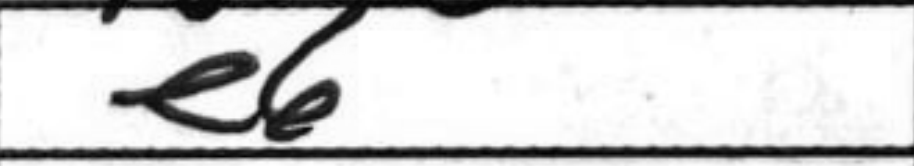
Transcription: e6